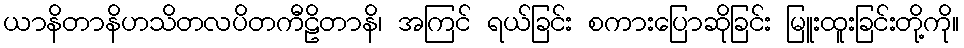
ယာနိတာနိဟသိတလပိတကီဠိတာနိ၊ အကြင် ရယ်ခြင်း စကားပြောဆိုခြင်း မြူးထူးခြင်းတို့ကို။